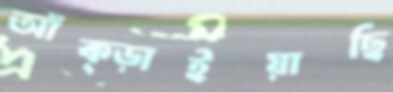
আঁক্‌ড়াইয়াছি